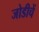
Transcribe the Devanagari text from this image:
जोडीचें